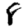
Digit: 8